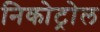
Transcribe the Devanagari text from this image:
निकोट्रोल